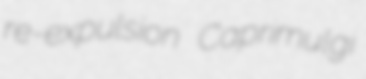
re-expulsion Caprimulgi